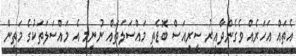
އެތައް އަހަރެއް ވެގެންދާއިރު ސީރިއަސް ބޮޑެތި މައްސަލަތައް ނުނިމި އެ މައްސަލަތަކުގެ މަތިން